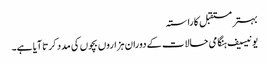
بہتر مستقبل کا راستہ
یونیسیف ہنگامی حالات کے دوران ہزاروں بچوں کی مدد کرتا آیا ہے۔